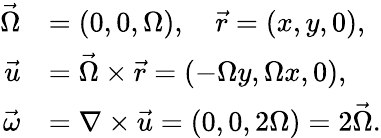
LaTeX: {\begin{array}{rl}{{\vec{\Omega}}}&{=(0,0,\Omega),\quad{\vec{r}}=(x,y,0),}\\ {{\vec{u}}}&{={\vec{\Omega}}\times{\vec{r}}=(-\Omega y,\Omega x,0),}\\ {{\vec{\omega}}}&{=\nabla\times{\vec{u}}=(0,0,2\Omega)=2{\vec{\Omega}}.}\end{array}}